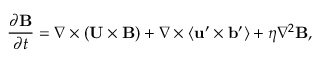
\frac { \partial { \bf { B } } } { \partial t } = \nabla \times ( { \bf { U } } \times { \bf { B } } ) + \nabla \times \langle { { \bf { u } } ^ { \prime } \times { \bf { b } } ^ { \prime } } \rangle + \eta \nabla ^ { 2 } { \bf { B } } ,